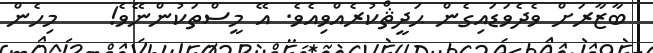
ބާޒާރަށް ވެދެވަޑައިގެން ޙަދީޘްކުރެއްވިއެވެ. އޭ މީސްތަކުންނޭވެ!    މިހެން